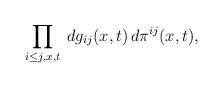
LaTeX: \begin{align*}\prod_{i \leq j,x,t}\: dg_{ij}(x,t) \, d\pi^{ij}(x,t),\end{align*}